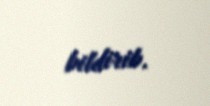
bildirib.